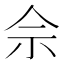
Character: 佘